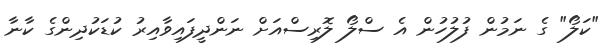
"ކަލޯ" ގެ ނަމުން ފުލުހުން އެ ސްލޯ ލޮރިސްއަށް ނަންދީފައިވާއިރު ކުޑަކުދިންގެ ކާނާ